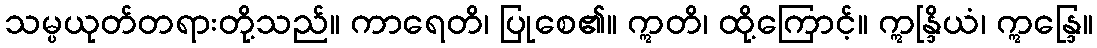
သမ္ပယုတ်တရားတို့သည်။ ကာရေတိ၊ ပြုစေ၏။ ဣတိ၊ ထို့ကြောင့်။ ဣန္ဒြိယံ၊ ဣန္ဒြေ။